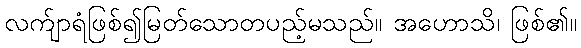
လက်ျာရံဖြစ်၍မြတ်သောတပည့်မသည်။ အဟောသိ၊ ဖြစ်၏။